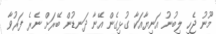
މޫނު ޖެހި ލިބުނު އަނިޔާއަކާ ގުޅިގެން އޭނާ ދަނޑުން ބޭރަށް ނެރެ ފަރުވާ